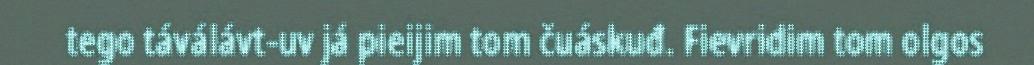
tego táválávt-uv já pieijim tom čuáskuđ. Fievridim tom olgos